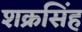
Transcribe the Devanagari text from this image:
शक्रसिंह